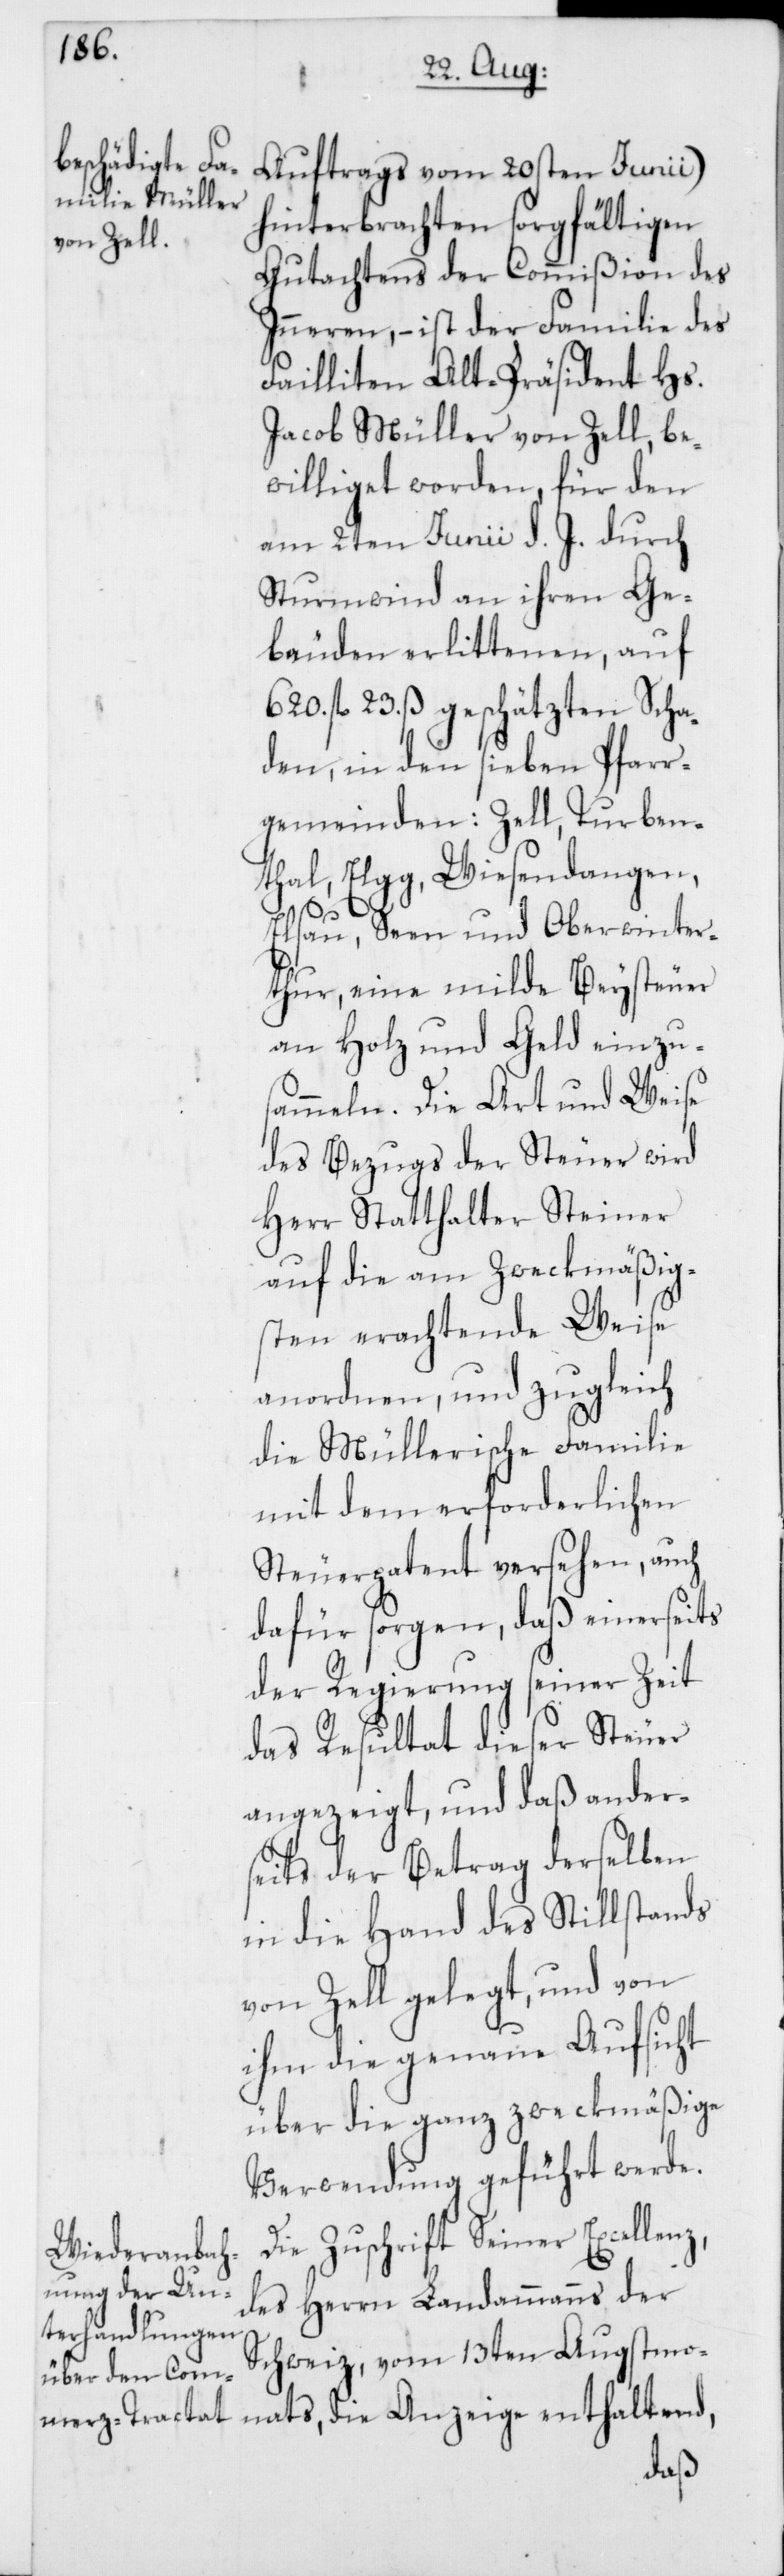
Auftrags vom 20sten Junii)
hinterbrachten sorgfältigen
Gutachtens der Commißion des
Inneren, – ist der Familie des
Failliten Alt-Präsident Hs.
Jacob Müller von Zell, be¬
williget worden, für den
am 2ten Junii d. J. durch
Sturmwind an ihren Ge¬
bäuden erlittenen, auf
620. fl. 23. ß geschätzten Scha¬
den, in den sieben Pfarr¬
gemeinden: Zell, Turben¬
thal, Elgg, Wiesendangen,
Elsau, Seen und Oberwinter¬
thur, eine milde Beysteuer
an Holz und Geld einzu¬
sammeln. Die Art und Weise
des Bezugs der Steuer wird
Herr Statthalter Steiner
auf die am zweckmäßig¬
sten erachtende Weise
anordnen, und zugleich
die Müllerische Familie
mit dem erforderlichen
Steuerpatent versehen, auch
dafür sorgen, daß einerseits
der Regierung seiner Zeit
das Resultat dieser Steuer
angezeigt, und daß ander¬
seits der Betrag derselben
in die Hand des Stillstands
von Zell gelegt, und von
ihm die genaue Aufsicht
über die ganz zweckmäßige
Verwendung geführt werde.
Die Zuschrift Seiner Excel¬
des Herrn Landammanns der
Schweiz, vom 13ten Augstmo¬
nats,